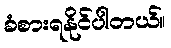
ခံစားရနိုင်ပါတယ်။